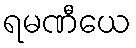
ရမဏီယေ